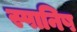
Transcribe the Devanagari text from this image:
स्पानिष